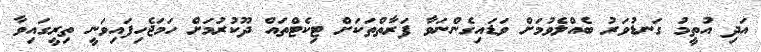
އަދި އުތީމު ގަނޑުވަރު ބެއްލެވުމަށް ވަޑައިގެންނަވާ ފަރާތްތަކަށް ޓިކެޓްތައް ދޫކުރުމަށް ހަމަޖެހިފައިވަނީ ތިރީގައިވާ